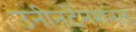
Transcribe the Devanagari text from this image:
उनीनटेंनशनल